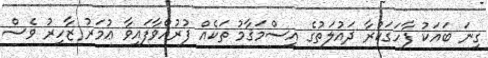
ގިނަ ބައަކު ފާހަގަކުރާ ދައުލަތުގެ އިސްމަޤާމު ތަކެއް ފުރުއްވާފައިވާ ޢުމަރު ޒާހިރު ވެސް